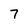
Character: 7